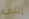
إننى